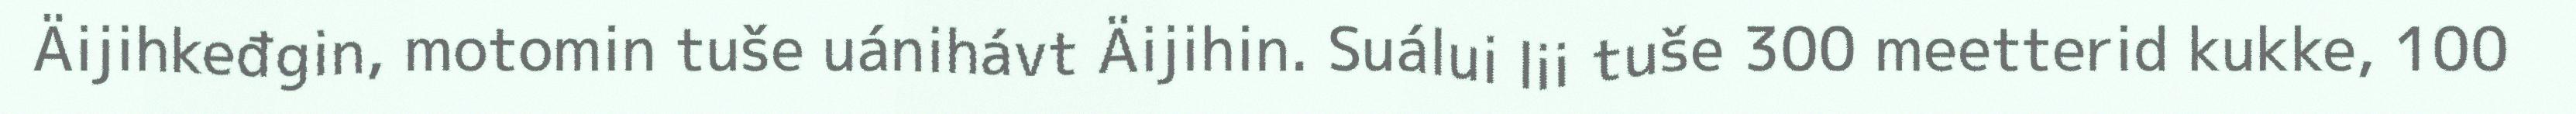
Äijihkeđgin, motomin tuše uánihávt Äijihin. Suálui lii tuše 300 meetterid kukke, 100